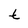
Character: t